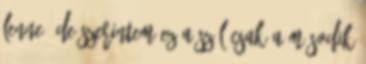
lenne, de szerintem ez a szál csak a második